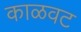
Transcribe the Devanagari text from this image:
काळवट